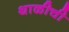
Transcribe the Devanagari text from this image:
थाळीची